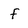
Character: f